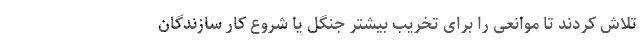
تلاش کردند تا موانعی را برای تخریب بیشتر جنگل یا شروع کار سازندگان